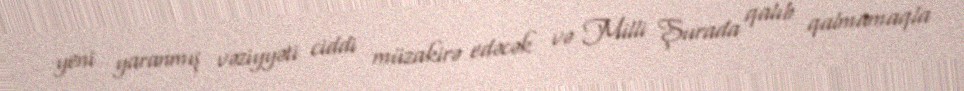
yeni yaranmış vəziyyəti ciddi müzakirə edəcək və Milli Şurada qalıb qalmamaqla